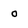
Character: 0